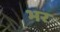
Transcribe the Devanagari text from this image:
भर